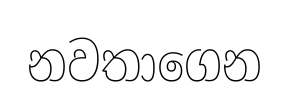
නවතාගෙන